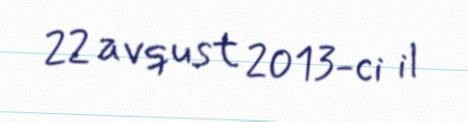
22 avqust 2013-ci il